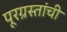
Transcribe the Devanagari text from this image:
पूरग्रस्तांची